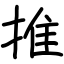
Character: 推